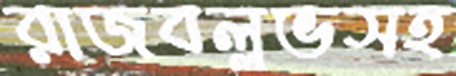
রাজবল্লভসহ